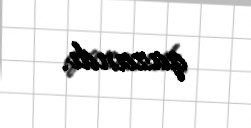
qazandı.